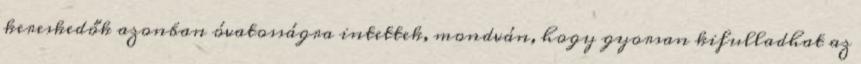
kereskedők azonban óvatosságra intettek, mondván, hogy gyorsan kifulladhat az